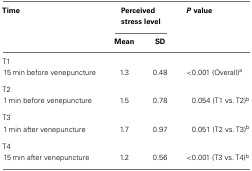
<table><thead><tr><td><b>Time</b></td><td colspan="2"><b>Perceived stress level</b></td><td><b><i>P</i> value</b></td></tr><tr><td></td><td><b>Mean</b></td><td><b>SD</b></td><td></td></tr></thead><tbody><tr><td>T1</td></tr><tr><td>15 min before venepuncture</td><td>1.3</td><td>0.48</td><td>&lt;0.001 (Overall)<sup>a</sup></td></tr><tr><td>T2</td></tr><tr><td>1 min before venepuncture</td><td>1.5</td><td>0.78</td><td>0.054 (T1 vs. T2)<sup>b</sup></td></tr><tr><td>T3</td></tr><tr><td>1 min after venepuncture</td><td>1.7</td><td>0.97</td><td>0.051 (T2 vs. T3)<sup>b</sup></td></tr><tr><td>T4</td></tr><tr><td>15 min after venepuncture</td><td>1.2</td><td>0.56</td><td>&lt;0.001 (T3 vs. T4)<sup>b</sup></td></tr></tbody></table>